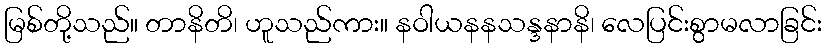
မြစ်တို့သည်။ တာနိတိ၊ ဟူသည်ကား။ နဝါယနနသန္ဒနာနိ၊ လေပြင်းစွာမလာခြင်း